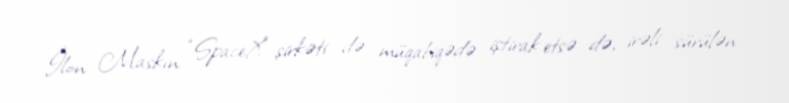
İlon Maskın “SpaceX” şirkəti də müqabiqədə iştirak etsə də, irəli sürülən